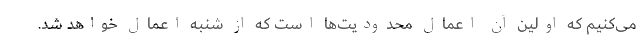
می‌کنیم که اولین آن اعمال محدودیت‌ها است که از شنبه اعمال خواهد شد.